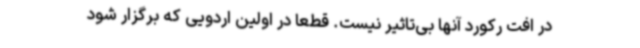
در افت رکورد آنها بی‌تاثیر نیست. قطعا در اولین اردویی که برگزار شود